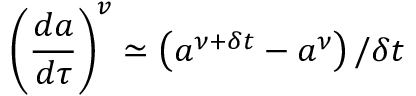
\left( \frac { d a } { d \tau } \right) ^ { v } \simeq \left( a ^ { \nu + \delta t } - a ^ { \nu } \right) / \delta t